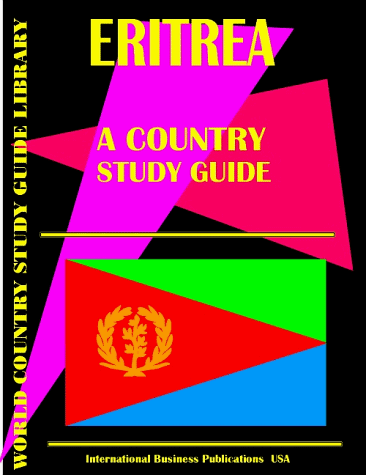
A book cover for Eritrea Country Study Guide (World Country Study Guide; Ibp Usa; Travel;